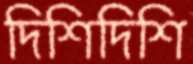
দিশিদিশি